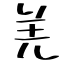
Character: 羌